Rules and regulations of the two years' vernacular class
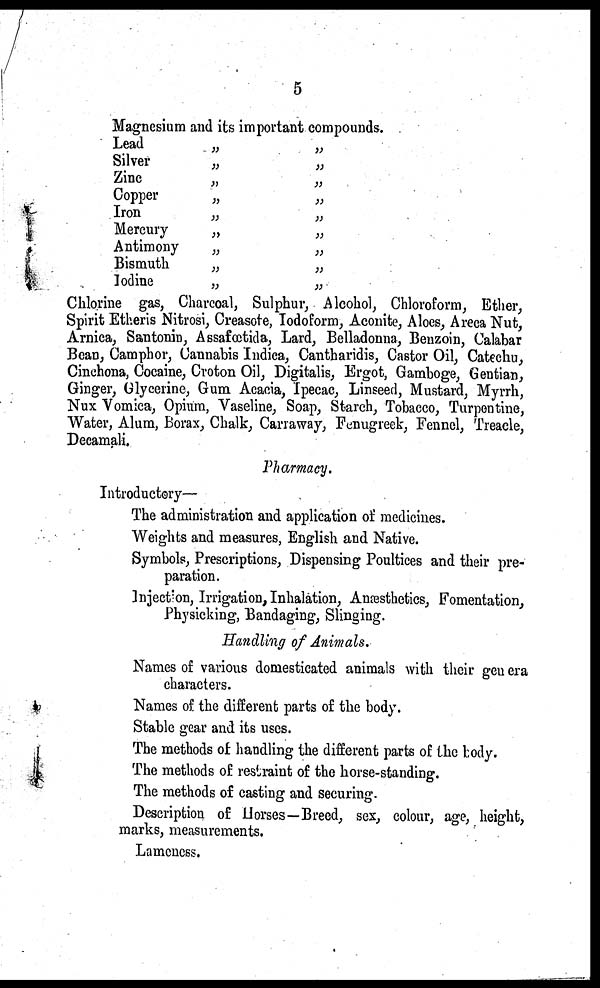
5
Magnesium
Lead
Silver
Zinc
Copper
Iron
Mercury
Antimony
Bismuth
Iodine
and its important
„
„
„
„
„
„
„
„
„
compounds.
„
„
„
„
„
„
„
„
„
Chlorine gas, Charcoal, Sulphur, Alcohol, Chloroform, Ether,
Spirit Etheris Nitrosi, Creasote, Iodoform, Aconite, Aloes, Areca Nut,
Arnica, Santonin, Assafœtida, Lard, Belladonna, Benzoin, Calabar
Bean, Camphor, Cannabis Indica, Cantharidis, Castor Oil, Catechu,
Cinchona, Cocaine, Croton Oil, Digitalis, Ergot, Gamboge, Gentian,
Ginger, Glycerine, Gum Acacia, Ipecac, Linseed, Mustard, Myrrh,
Nux Vomica, Opium, Vaseline, Soap, Starch, Tobacco, Turpentine,
Water, Alum, Borax, Chalk, Carraway, Fenugreek, Fennel, Treacle,
Decamali.
Pharmacy.
Introductory—
The administration and application of medicines.
Weights and measures, English and Native.
Symbols, Prescriptions, Dispensing Poultices and their pre-
paration.
Injection, Irrigation, Inhalation, Anæthetics, Fomentation,
Physicking, Bandaging, Slinging.
Handling of Animals.
Names of various domesticated animals with their gen era
characters.
Names of the different parts of the body.
Stable gear and its uses.
The methods of handling the different parts of the body.
The methods of restraint of the horse-standing.
The methods of casting and securing.
Description of Horses—Breed, sex, colour, age, height,
marks, measurements.
Lameness.